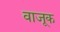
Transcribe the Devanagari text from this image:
वाजूक